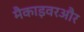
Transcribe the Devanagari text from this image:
मैकाइवरऔर